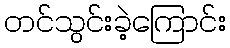
တင်သွင်းခဲ့ကြောင်း